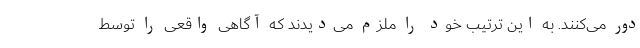
دور می‌كنند. به این ترتیب خود را ملزم می‌دیدند كه آگاهی واقعی را توسط